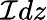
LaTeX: \mathcal{I}dz